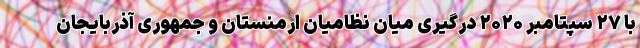
با ۲۷ سپتامبر ۲۰۲۰ درگیری میان نظامیان ارمنستان و جمهوری آذربایجان